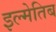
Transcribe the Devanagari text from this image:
इल्मेतिब